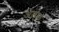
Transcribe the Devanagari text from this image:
अल़फ़